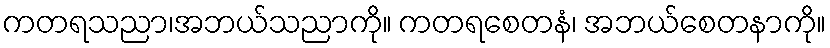
ကတရသညာ၊အဘယ်သညာကို။ ကတရစေတနံ၊ အဘယ်စေတနာကို။